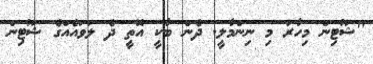
"ޝޫޓިން މިހާރު މި ނިންމާލީ. ދެން ބާކީ އޮތީ ދެ ލަވައެއްގެ ޝޫޓިން